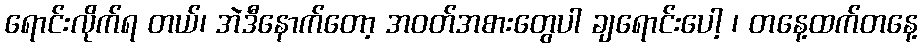
ရောင်းလိုက်ရ တယ်၊ အဲဒီနောက်တော့ အဝတ်အစားတွေပါ ချရောင်းပေါ့ ၊ တနေ့ထက်တနေ့